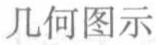
几何图示